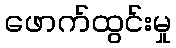
ဖောက်ထွင်းမှု